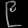
Digit: ၉